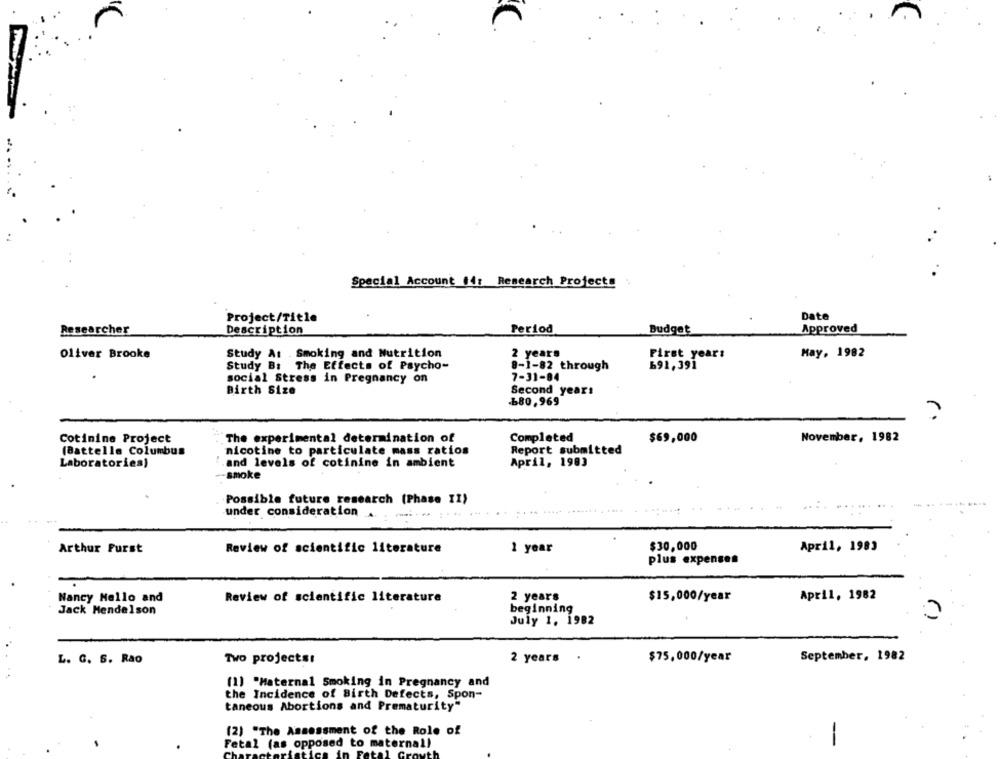
Special Account M4: Research Projects
Project/Title
Date
Researcher
Description
Period
Budget
Approved
Oliver Brooke
Study At . Smoking and Nutrition
2 years
First year:
May, 1982
Study B: The Effects of Psycho-
8-1-82 through
691,391
social Stress in Pregnancy on
7-31-84
Birth Size
Second years
.680,969
?
Cotinine Project
The experimental determination of
Completed
$69,000
November, 1982
(Battelle Columbus
nicotine to particulate mass ratios
Report submitted
Laboratories)
and levels of cotinine in ambient
April, 1983
smoke
Possible future research (Phase II)
under consideration .
$30,000
Arthur Furst
Review of scientific literature
1 year
April, 1983
plus expenses
Nancy Nello and
Review of scientific literature
2 years
$15,000/year
April, 1982
beginning
Jack Mendelson
July 1. 1982
L. G. S. Rao
Two projects:
2 years .
$75,000/year
September, 1982
(1) "Maternal Smoking in Pregnancy and
the Incidence of Birth Defects, Spon-
taneous Abortions and Prematurity"
(2) "The Assessment of the Role of
Fetal (as opposed to maternal)
-
.
Fet